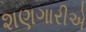
શણગારીએ